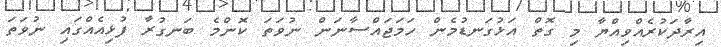
އިރާދަކުރެއްވިއްޔާ މި ގޮތް އަޅުގަނޑުމެން ހަމަޖައްސާނަން ނުވަތަ ކޮންމެ ބަނގުރާ ފުޅިއެއްގައި ނުވަތަ